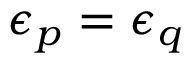
{ \epsilon _ { p } = \epsilon _ { q } }